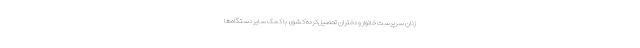
زنان سرپرست خانوار و دختران تحصیل‌کرده کشور، با کمک سایر دستگاه‌ها